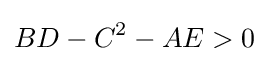
BD-C^{2}-AE>0